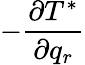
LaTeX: -\frac{\partial T^{*}}{\partial q_{r}}